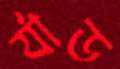
র‍্যাড